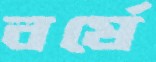
বর্ষে